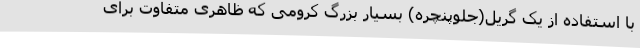
با استفاده از یک گریل(جلوپنچره) بسیار بزرگ کرومی که ظاهری متفاوت برای